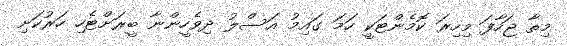
މިތާ ޖަހާފަ މިހިރަ ކޮމެންޓަކީ ހަމަ ގައިމު އަސްލު ދިވެހީންނާ ބީރަށްޓެހި ހަރުކަށި